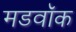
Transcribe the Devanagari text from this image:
मडवॉक